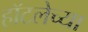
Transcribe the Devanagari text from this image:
हॉटलेच्या